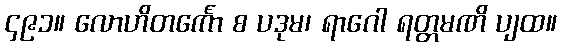
၄၉၁။ လောဟိတင်္ကော စ ပဒုမ၊ ရာဂေါ ရတ္တမဏိ ပျထ။